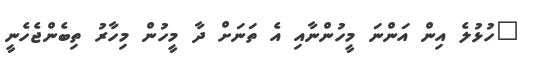
"ހުޅުލެ އިން އަންނަ މީހުންނާއި އެ ތަނަށް ދާ މީހުން މިހާރު ތިބެންޖެހެނީ